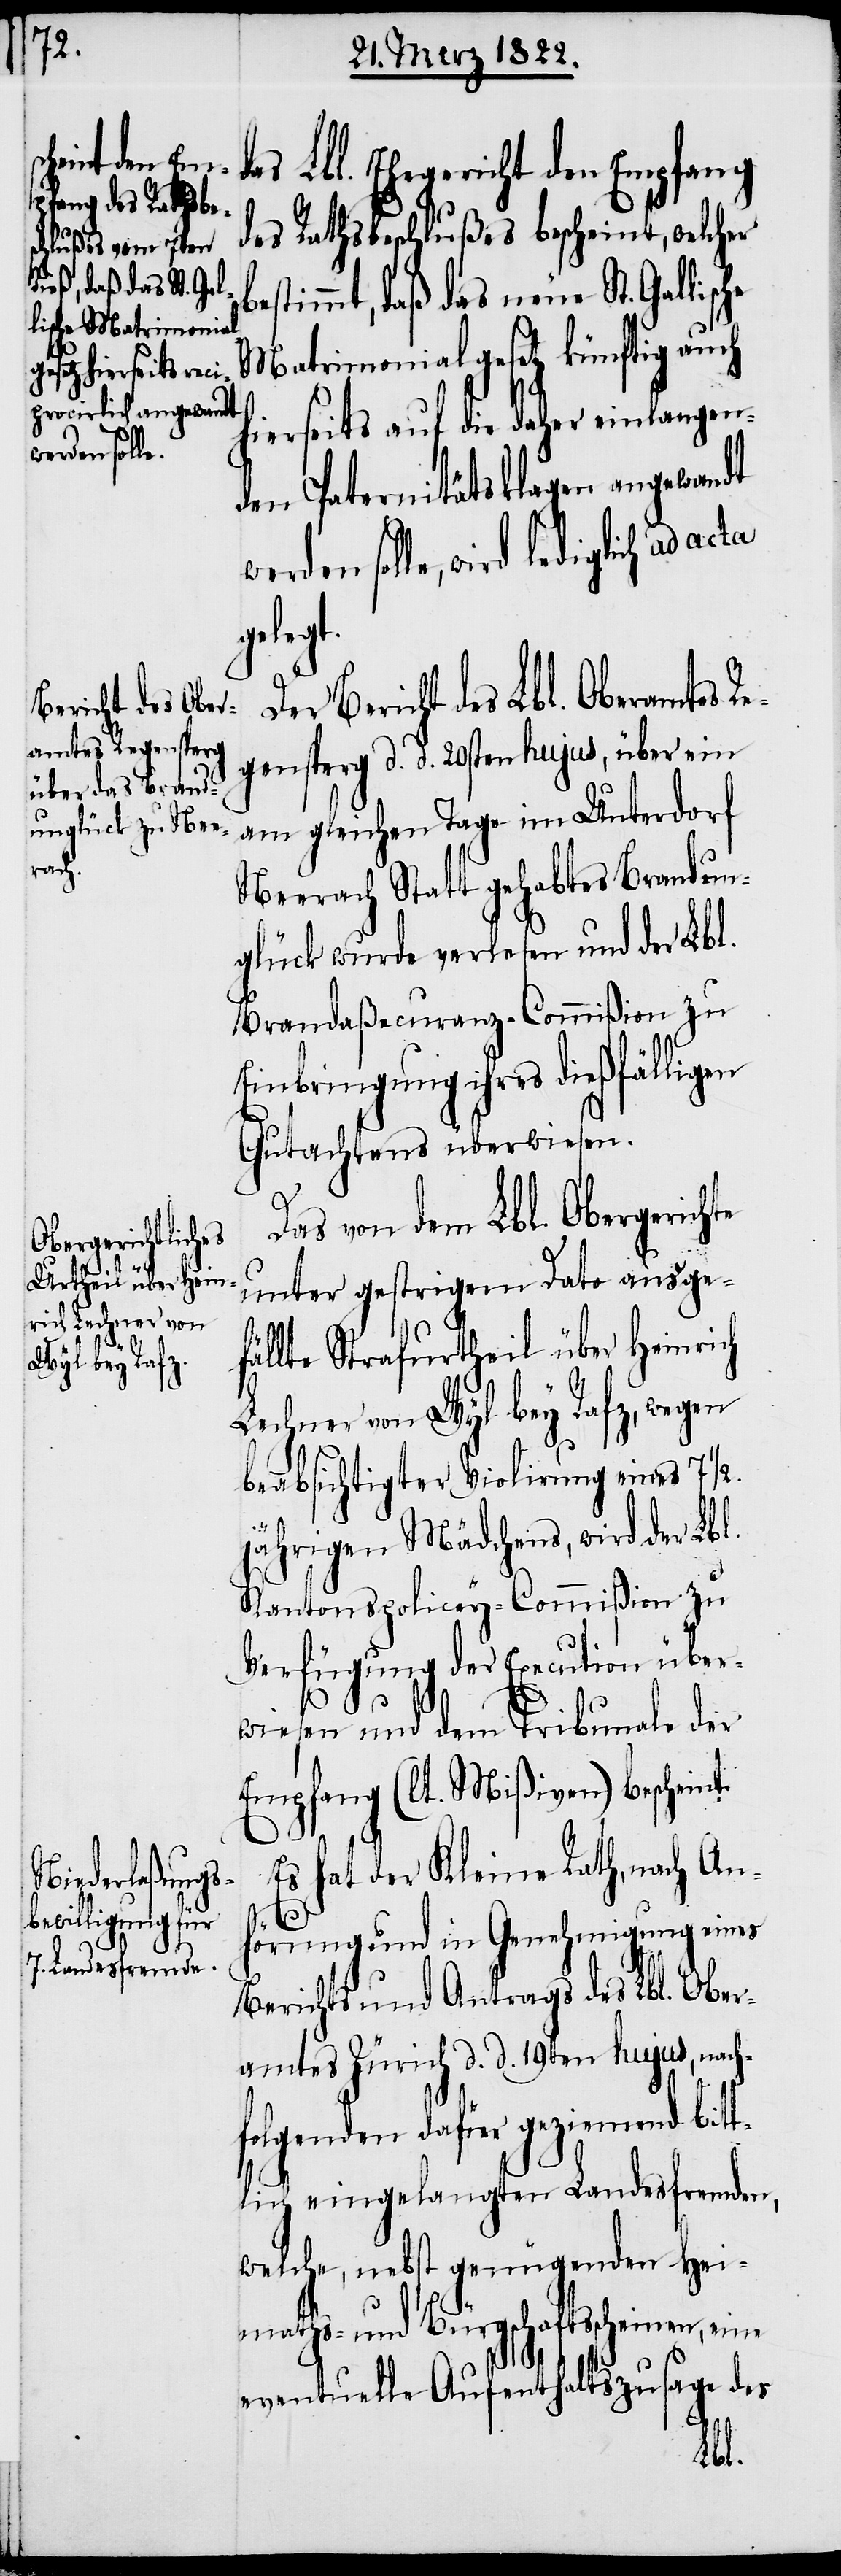
werden solle,

s Lbl. Ehegericht den Empfang
des Rathsbeschlußes bescheint, welcher
stimmt, daß das neue St. Gallis¬
Matrimonialgesetz künftig auch
hierseits auf die daher einlangen¬
den Paternitätsklagen angewandt
wird lediglich ad acta
gelegt.
er Bericht des Lbl. Oberamtes
gensperg d. d. 20sten hujus, über ein
am gleichen Tage im Unterdorf
Neerach Statt gehabtes Brandun¬
glück wurde verlesen und der Lbl.
Brandaßecuranz-Commißion zu
Einbringung ihres dießfälligen
Gutachtens überwiesen.
Das von dem Lbl. Obergerich¬
unter gestrigem Dato ausge¬
fällte Strafurtheil über Heinrich
Lechner von Wyl bey Rafz, wegen
beabsichtigter Violirung eines 7 1/2.
jährigen Mädchens, wird der Lbl.
Kantonspolicey-Commißion zu
Verfügung der Execution über¬
te
wiesen und dem Tribunale der
Empfang (lt. Mißiven) bescheint.
Es hat der Kleine Rath, nach An¬
hörung und in Genehmigung eines
Berichts und Antrags des Lbl. Ober¬
amtes Zürich d. d. 19ten hujus, nach¬
folgenden dafür geziemend bit¬
tlich eingelangten Landesfremden,
welche, nebst genügenden Hei¬
maths- und Bürgschaftsscheinen, eine
eventuelle Aufenthaltszusage des
Re¬